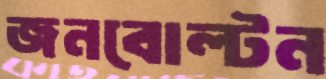
জনবোল্টন